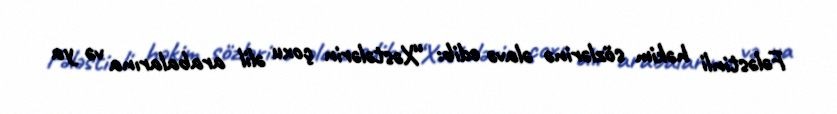
Fələstinli həkim sözlərinə əlavə edib: “Xəstələrin çoxu əlil arabalarına və ya